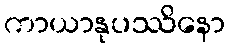
ကာယာနုပဿိနော